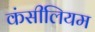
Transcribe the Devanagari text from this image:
कंसीलियम